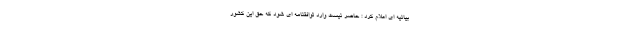
بیانیه ای اعلام کرد : حاضر نیست وارد توافقنامه ای شود که حق این کشور